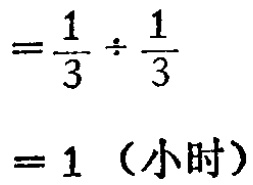
\[
=\frac{1}{3} \div \frac{1}{3} \\
= 1 \text{（小时）}
\]